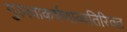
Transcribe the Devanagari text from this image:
गुरुत्वाकर्षणाव्यतिरिक्त